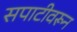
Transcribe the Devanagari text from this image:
सपाटीवरून